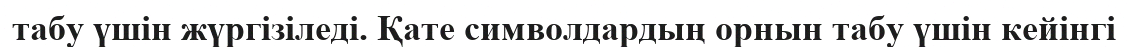
табу үшін жүргізіледі. Қате символдардың орнын табу үшін кейінгі